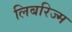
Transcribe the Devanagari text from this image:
लिबरिज्म